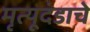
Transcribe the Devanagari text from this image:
मृत्यूदंडाचे